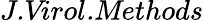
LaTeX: \textit{J.Virol.Methods}